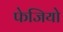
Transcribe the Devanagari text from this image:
फेजियो